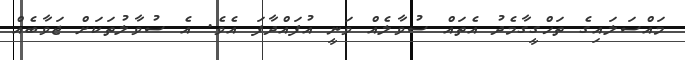
މައްސަލައިގެ ތަހްގީގާމެދު އެތައް ސުވާލެއް ވަނީ އުފައްދާފަ އެވެ. އެ ސުވާލުތަކަށް ޖަވާބެއް